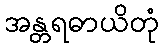
အန္တရဓာယိတုံ